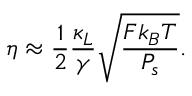
\eta \approx \frac { 1 } { 2 } \frac { \kappa _ { L } } { \gamma } \sqrt { \frac { F k _ { B } T } { P _ { s } } } .